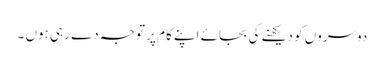
دوسروں کو دیکھنے کی بجائے اپنے کام پر توجہ دے رہی ہوں ۔